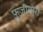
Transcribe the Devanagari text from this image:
फ़ुजीमोरी